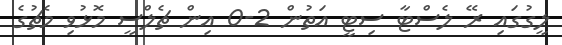
ލީގުގައި ރޭ ލެސްޓާ ސިޓީ އަތުން 2-0 އިން ޗެލްސީ މޮޅުވި މެޗުގެ